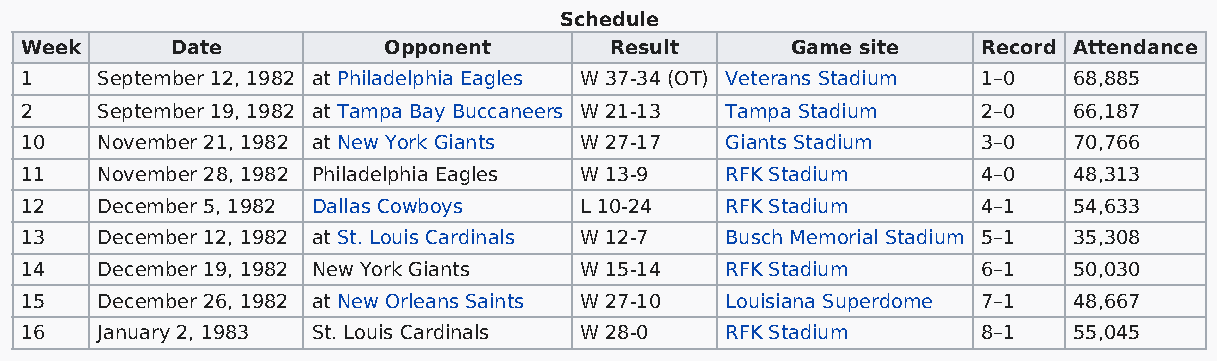
Schedule
 Week      Date          Opponent       Result      Game site    Record Attendance
 1    September 12, 1982 at Philadelphia Eagles W 37-34 (OT) Veterans Stadium 1–0 68,885
 2    September 19, 1982 at Tampa Bay Buccaneers W 21-13 Tampa Stadium 2–0 66,187
 10   November 21, 1982 at New York Giants W 27-17 Giants Stadium 3–0  70,766
 11   November 28, 1982 Philadelphia Eagles W 13-9 RFK Stadium   4–0   48,313
 12   December 5, 1982 Dallas Cowboys L 10-24   RFK Stadium      4–1   54,633
 13   December 12, 1982 at St. Louis Cardinals W 12-7 Busch Memorial Stadium 5–1 35,308
 14   December 19, 1982 New York Giants W 15-14 RFK Stadium      6–1   50,030
 15   December 26, 1982 at New Orleans Saints W 27-10 Louisiana Superdome 7–1 48,667
 16   January 2, 1983 St. Louis Cardinals W 28-0 RFK Stadium     8–1   55,045